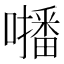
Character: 𡃓